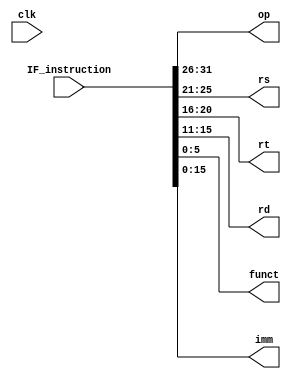
module instruction_decode(input clk,input[31:0] IF_instruction, output[5:0] op, output[4:0] rs,output[4:0] rt,output [4:0] rd,output[5:0] funct,output [15:0] imm);
  
  //breaks the IF instruction into components(opcode,rs,rt,rd,function,immediate) according to indexing of bits
    assign op=IF_instruction[31:26];
    assign rs=IF_instruction[25:21];
    assign rt=IF_instruction[20:16];
    assign rd=IF_instruction[15:11];
    assign funct=IF_instruction[5:0];
    assign imm=IF_instruction[15:0];
    
        
endmodule